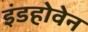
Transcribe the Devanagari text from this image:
इंडहोवेन